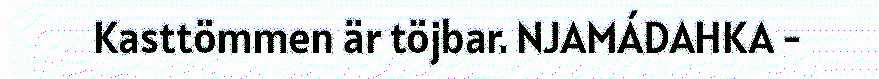
Kasttömmen är töjbar. NJAMÁDAHKA -